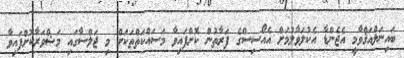
ބައިނަލްއަޤްވާމީ އެޖެންޑާ އެކުލަވާލުމަށް އެއޯސިސްގެ ފަރާތުން ކޮށްފައިވާ މަސައްކަތްތަކަށް މި ޖަލްސާގައި މަޝްވަރާކޮށްފައިވާ